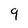
Character: 9